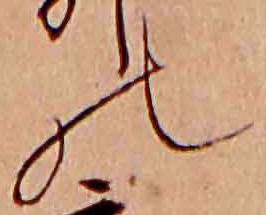
の